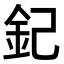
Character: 𨥈